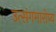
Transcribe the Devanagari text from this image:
उत्संगमारोप्य